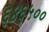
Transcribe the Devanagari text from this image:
६४६५००